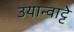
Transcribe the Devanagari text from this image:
उयान्वाट्टे